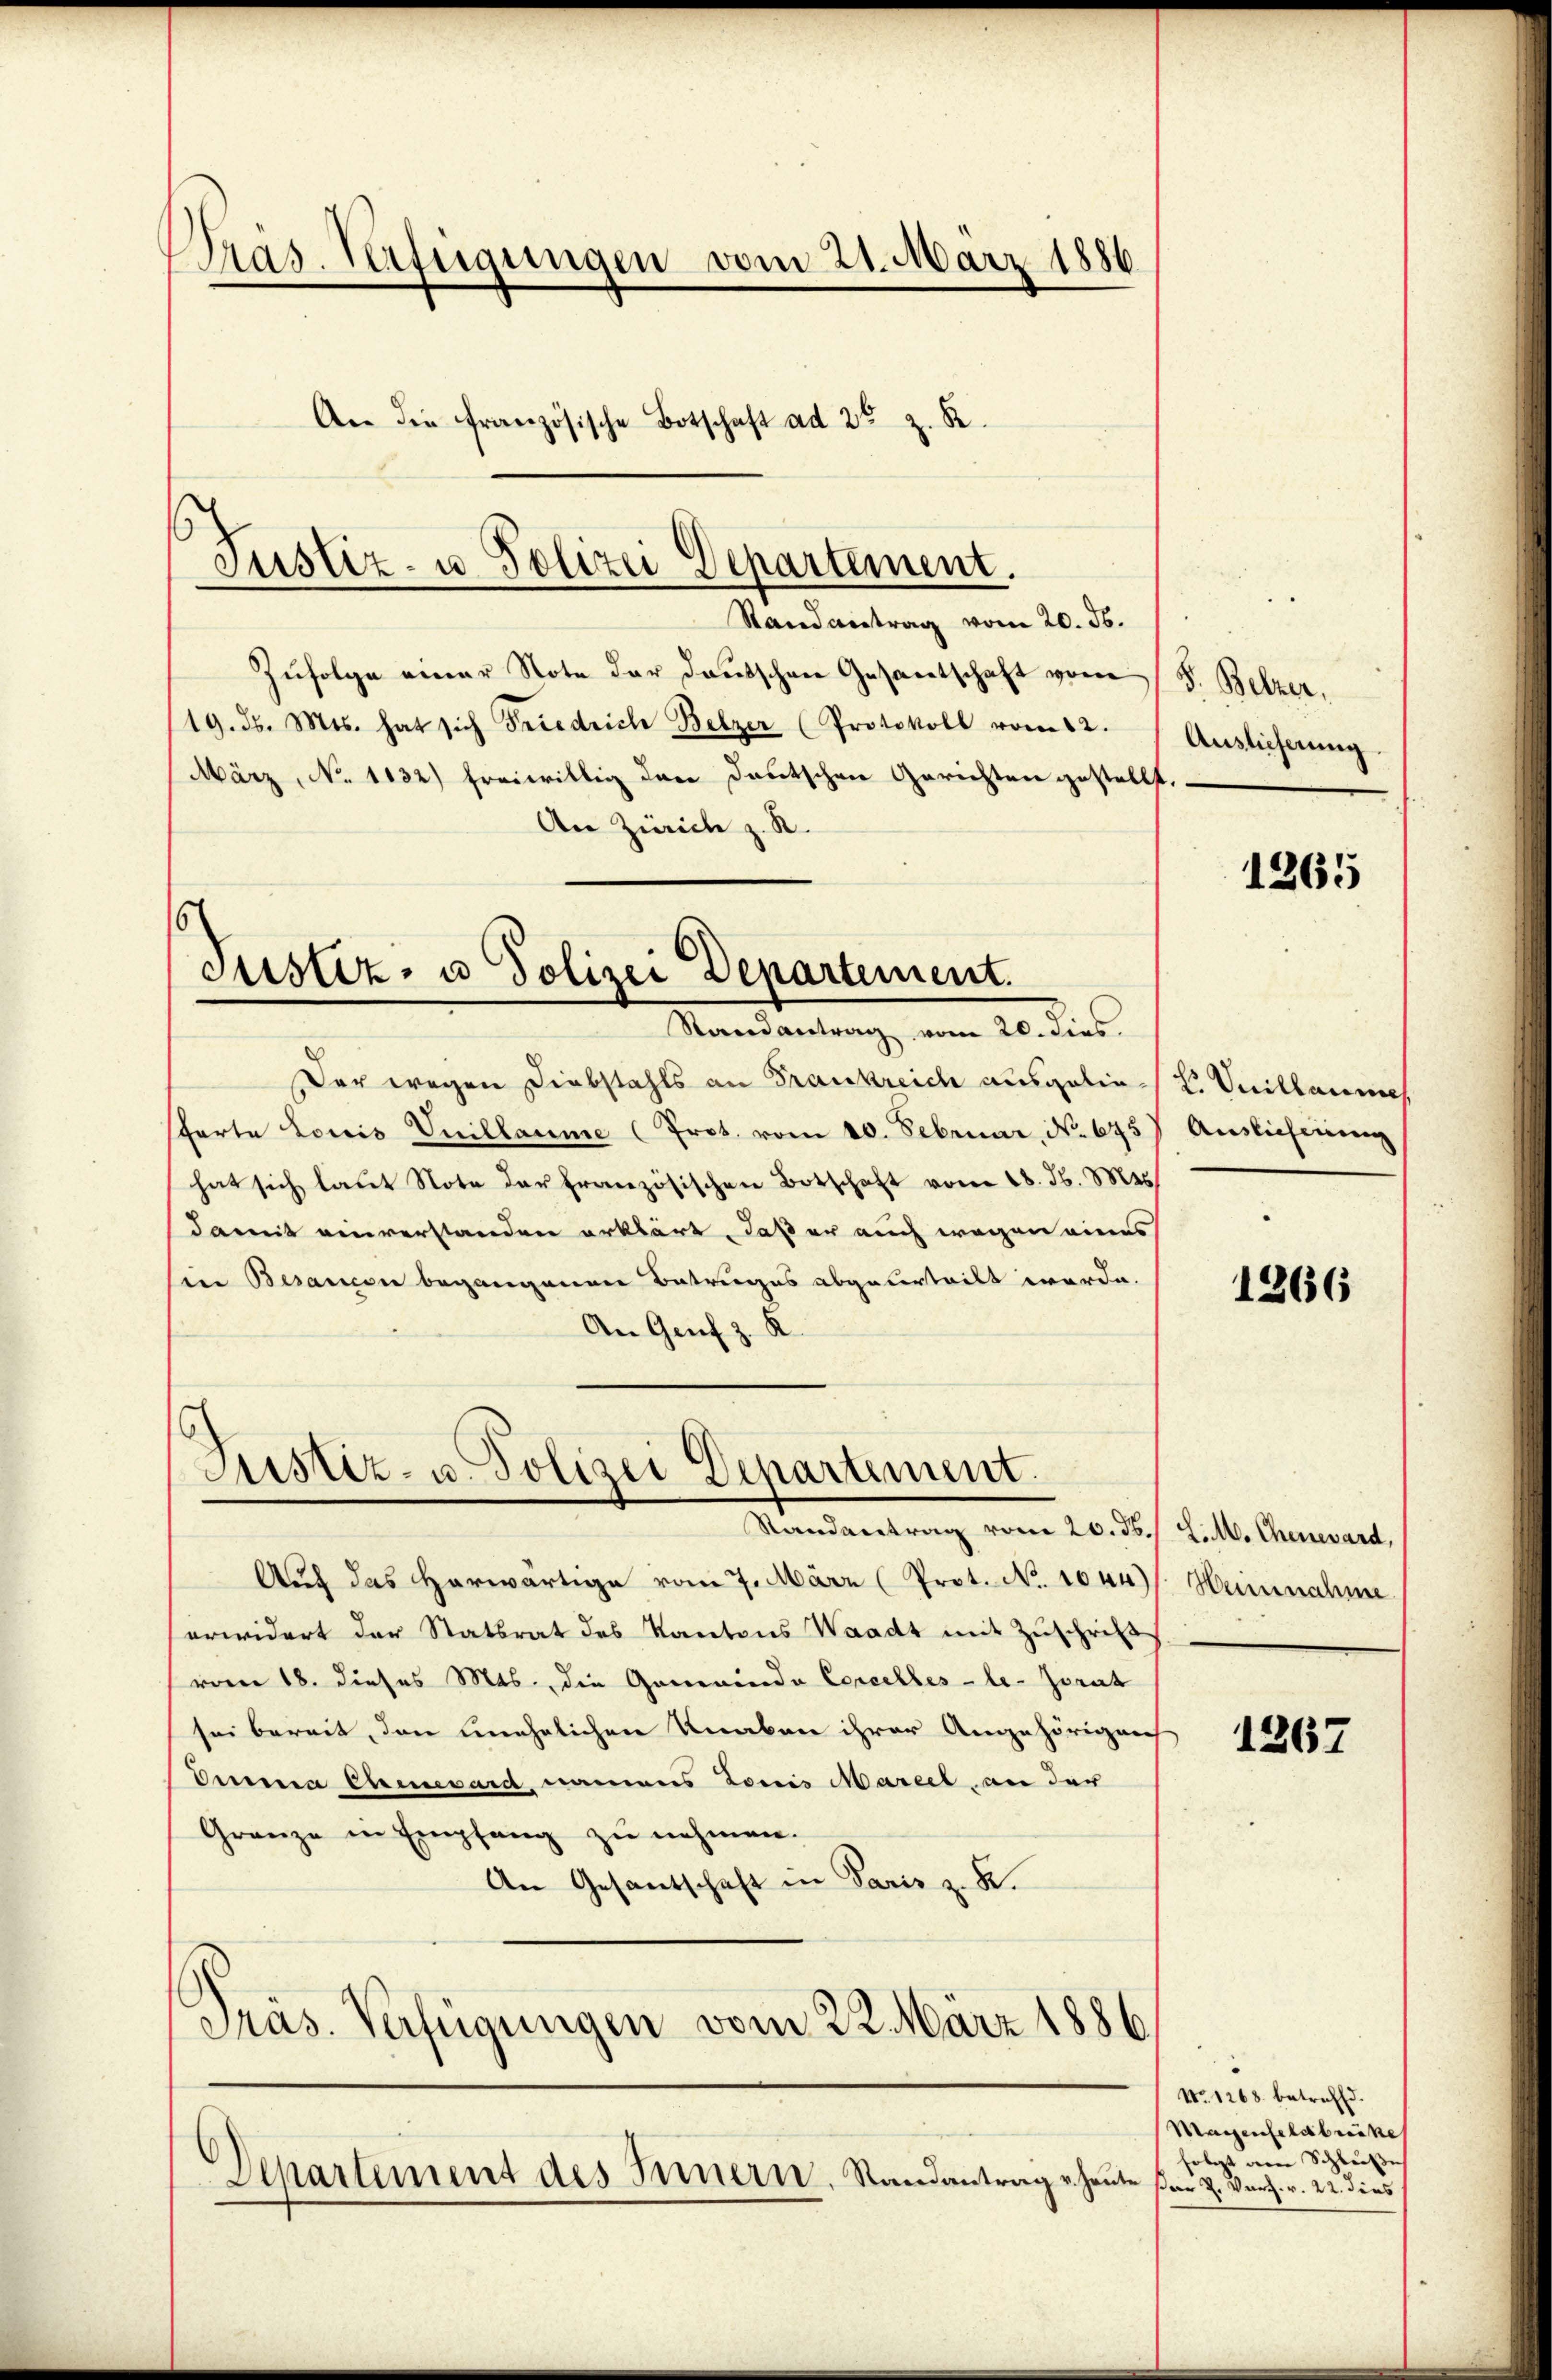
Präs. Verfügungen vom 21. März 1886
An die französische Botschaft ad 2. z. B.

Justiz- u. Polizei Departement.

Randantrag vom 20. ds.
Zufolge einer Note der Deutschen Gesamtschaft vom
19. d. Mts. hat sich Friedrich Belzer (Protokoll vom 12.
März, No 1132) freiwillig den Deutschen Gerichten gestellt.
An Zürich z. R.
Justiz- u Polizei Departement.
Randantrag vom 20. dies
Der wegen Diebstahls an Frankreich ausgelie L. Vuillaumes
farte Louis Vuillaume (Prot. vom 10. Februar, No. 675) Auslicherung
hat sich laŭt Note der französischen Botschaft vom 18. d. Mts.
damit einverstanden erklärt, daß er auch wegen eines
sine Besancen begangenen Betruges abgeurteilt werde.
An Genf z. R.

Justiz- u. Polizei Departement.

Departement des Innern. Randantrag v. Heute par Z. Verz. v. 22. dies

Renwartung vom 20. des halte Gemeint
Auch das herwärtige vom 7. März (Prot. No. 1044)
erwidert der Statsrat des Kantons Waadt mit Zŭschrift
(vom 18. dieses Mts., die Gemeinde Concelles-le-Zorat
sei bereit, den unehelichen Knaben ihrer Angehörigens
Drina Ehrenesard, nammers Louis Marcel, an der
Granze in Empfang zu nehmen.
An Gesandschaft in Paris z. B.
Präs. Verfügungen vom 22. März 1886

V. Belzer,
Auslieferung.

1265

1266

Heinnahme

1367

No. 1268. betreffd.
Maienfeld bricke
folgt am Schluße